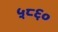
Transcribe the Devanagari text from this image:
५८६०